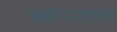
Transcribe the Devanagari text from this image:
बळीराजाला